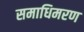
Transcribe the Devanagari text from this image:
समाधिमरण